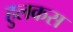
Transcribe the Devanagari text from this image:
हुलकस